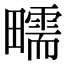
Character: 㽭